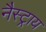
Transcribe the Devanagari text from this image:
नैस्ट्राय